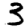
Digit: 3